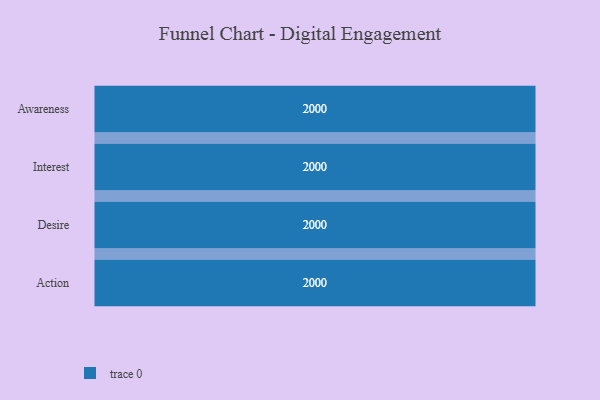
{"axis": {"x": "Stage", "y": "Value"}, "legend": [""], "data": [{"x": "Awareness", "y": 2000, "type": ""}, {"x": "Interest", "y": 2000, "type": ""}, {"x": "Desire", "y": 2000, "type": ""}, {"x": "Action", "y": 2000, "type": ""}]}